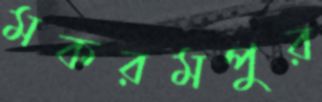
মকরমপুর